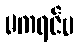
မကရင်မ